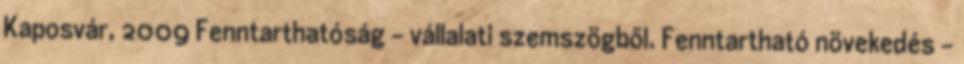
Kaposvár, 2009 Fenntarthatóság – vállalati szemszögből. Fenntartható növekedés -